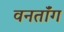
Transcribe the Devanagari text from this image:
वनतॉंग